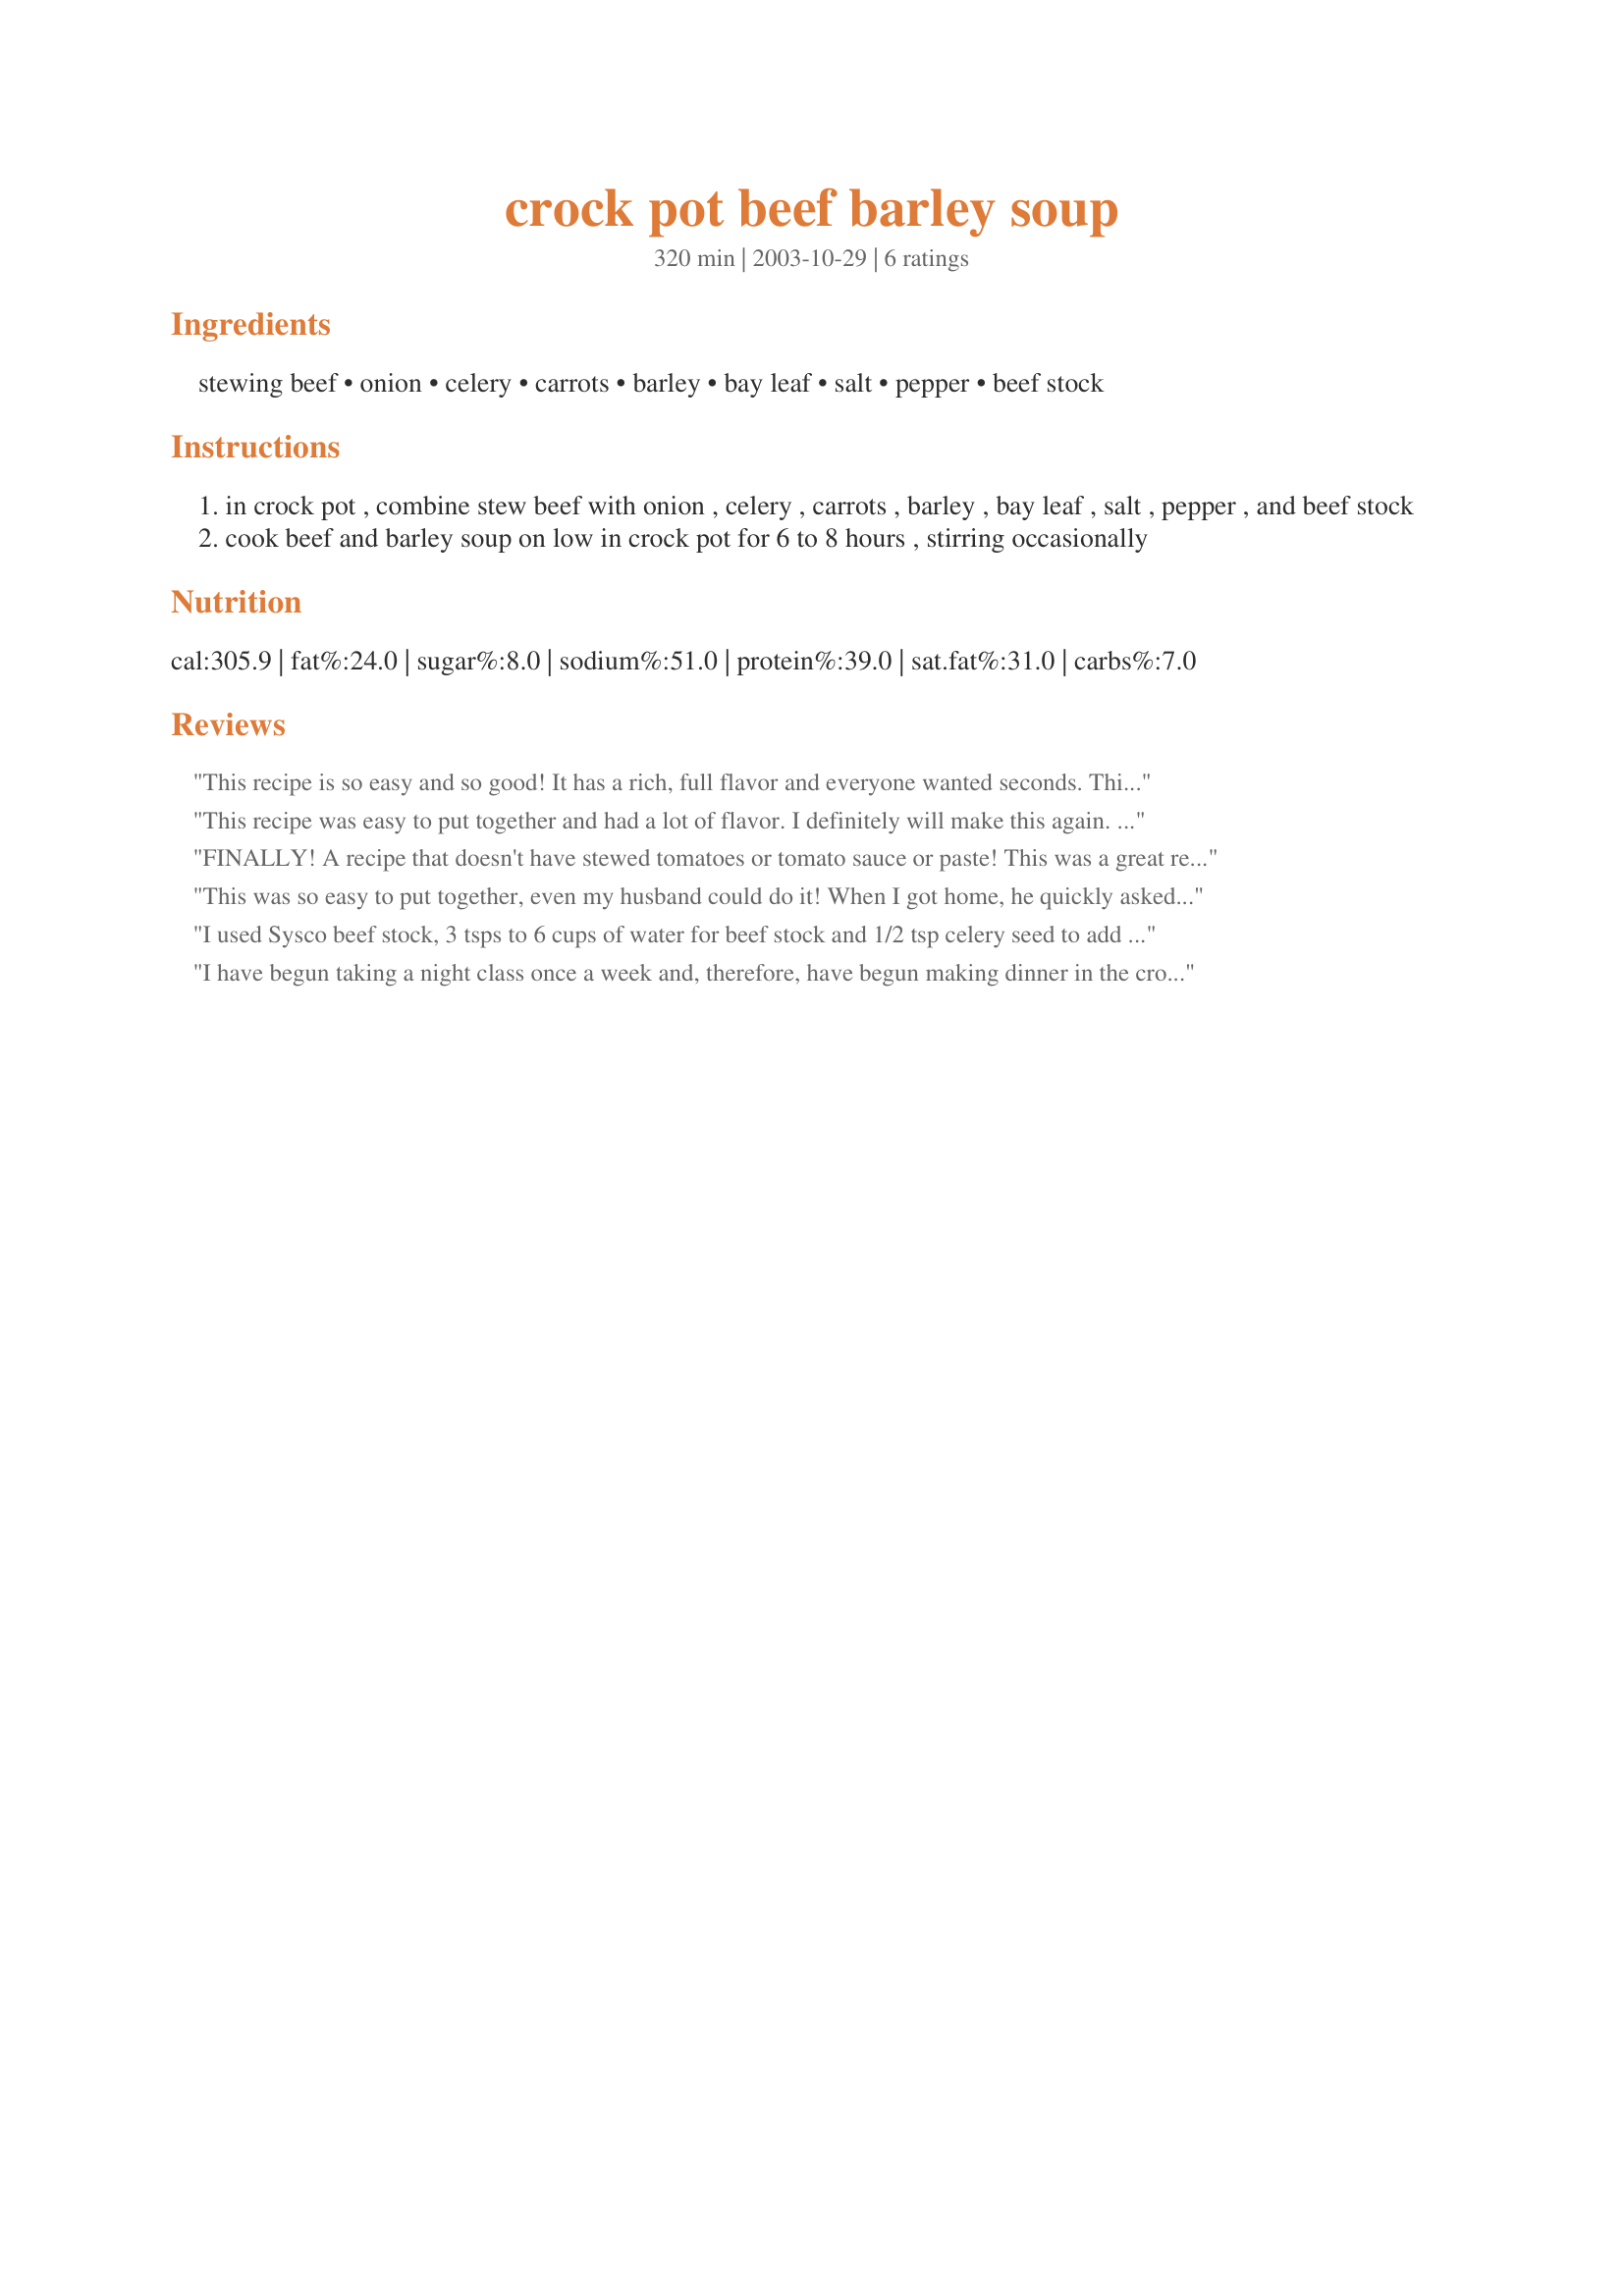
crock pot beef barley soup
Preparation time: 320 minutes

Ingredients:
stewing beef, onion, celery, carrots, barley, bay leaf, salt, pepper, beef stock

Steps:
in crock pot , combine stew beef with onion , celery , carrots , barley , bay leaf , salt , pepper , and beef stock
cook beef and barley soup on low in crock pot for 6 to 8 hours , stirring occasionally

Reviews:
This recipe is so easy and so good! It has a rich, full flavor
and everyone wanted seconds. Think I'll double it the next time.
This recipe was easy to put together and had a lot of flavor. I definitely will make this again. Next time I make this I think I'll kick it up a notch and add some red pepper flake. Thanks for sharing this.
FINALLY! A recipe that doesn't have stewed tomatoes or tomato sauce or paste!
This was a great recipe and we enjoyed it with some fresh rolls. It really hit the spot on a chilly fall evening!
This was so easy to put together, even my husband could do it! When I got home, he quickly asked if the house smelled good..and it did..and the taste was just as good. It was really nice to come home to a hearty meal on a chilly night!
I used Sysco beef stock, 3 tsps to 6 cups of water for beef stock and 1/2 tsp celery seed to add to the recipe.I also chopped the celery leaves very fine. There was no need to use the tsp. of salt. Delicious! No mess, no fuss recipe.
Thanks for posting!
I have begun taking a night class once a week and, therefore, have begun making dinner in the crockpot for my DBF who would eat the first junk he came across if left to his own devices. This was the selection for week 2 and we were both very impressed. It only took about 15 minutes to throw into the pot this morning and it was ready for him when he got home from work. I added about a 1/2 tablespoon of Italian seasonings this morning and he threw in some frozen peas about 15 minutes before he ate. DBF had 3 bowls (!) which means he really liked it (usually he only has 2 servings ;-) ) and I am having a bowl right now. His was more of a soupy consistency but, after having sat for an extra 4 hours waiting for me to get home, the barley has soaked up a large portion of the broth to give it an almost stew-like texture. I definitely recommend this! Make sure regular pearl barley is used instead of quick-cooking barley though, or you may end up with the stew version after only 6 hours of cooking. :-)
